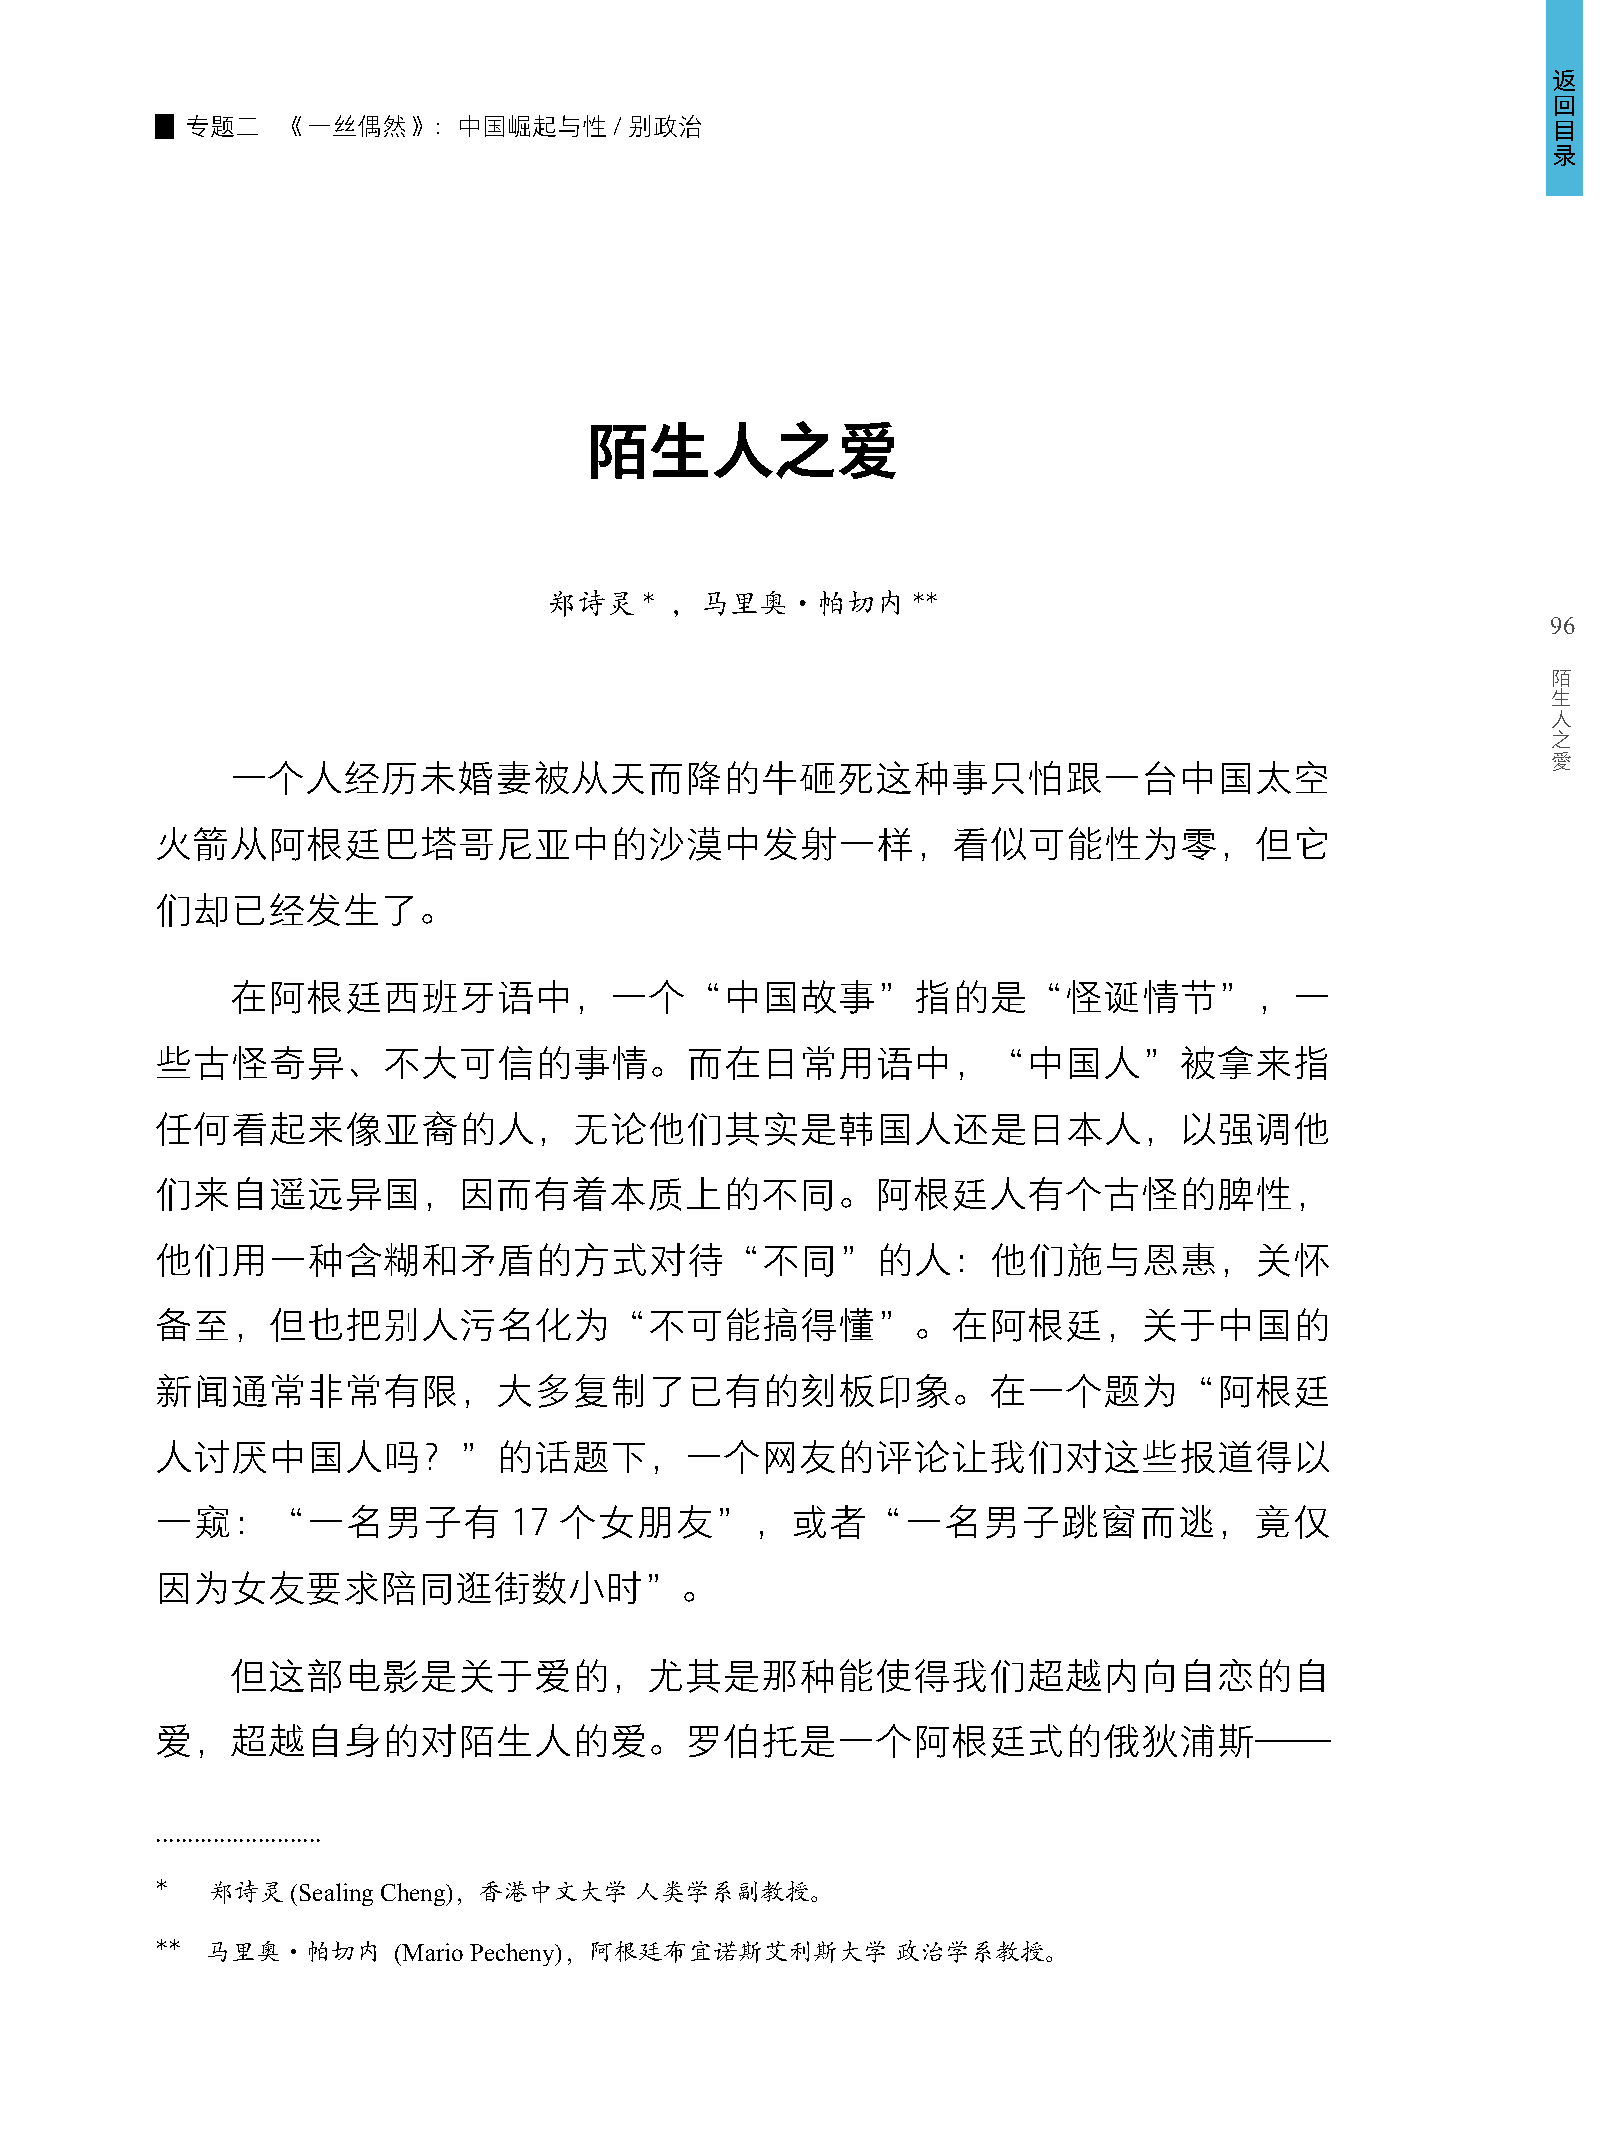
返
 回
 专题二    《一丝偶然》：中国崛起与性/别政治                                                                   目
 录
 陌生人之爱
 郑诗灵    * ，马里奥·帕切内       **
 96
 陌
 生
 人
 之
 愛
 一个人经历未婚妻被从天而降的牛砸死这种事只怕跟一台中国太空
 火箭从阿根廷巴塔哥尼亚中的沙漠中发射一样，看似可能性为零，但它
 们却已经发生了。
 在阿根廷西班牙语中，一个“中国故事”指的是“怪诞情节”，一
 些古怪奇异、不大可信的事情。而在日常用语中，“中国人”被拿来指
 任何看起来像亚裔的人，无论他们其实是韩国人还是日本人，以强调他
 们来自遥远异国，因而有着本质上的不同。阿根廷人有个古怪的脾性，
 他们用一种含糊和矛盾的方式对待“不同”的人：他们施与恩惠，关怀
 备至，但也把别人污名化为“不可能搞得懂”。在阿根廷，关于中国的
 新闻通常非常有限，大多复制了已有的刻板印象。在一个题为“阿根廷
 人讨厌中国人吗？”的话题下，一个网友的评论让我们对这些报道得以
 一窥：“一名男子有               17 个女朋友”，或者“一名男子跳窗而逃，竟仅
 因为女友要求陪同逛街数小时”。
 但这部电影是关于爱的，尤其是那种能使得我们超越内向自恋的自
 爱，超越自身的对陌生人的爱。罗伯托是一个阿根廷式的俄狄浦斯——
 ..........................
 *   郑诗灵(Sealing Cheng)，香港中文大学   人类学系副教授。
 **  马里奥·帕切内     (Mario Pecheny)，阿根廷布宜诺斯艾利斯大学     政治学系教授。